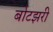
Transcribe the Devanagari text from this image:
बोटझरी